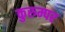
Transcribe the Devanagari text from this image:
कुरुम्पर